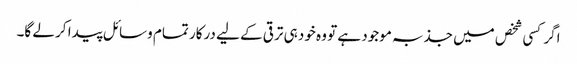
اگر کسی شخص میں جذبہ موجود ہے تو وہ خود ہی ترقی کے لیے درکار تمام وسائل پیدا کر لے گا۔